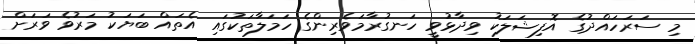
މި ސަރަހައްދުގެ އޮފިޝަލަކު ވިދާޅުވީ ހަނގުރާމަވެރިންގެ ހަމަލާތަކުގައި އެތައް ބަޔަކު މަރުވެ ވަރަށް